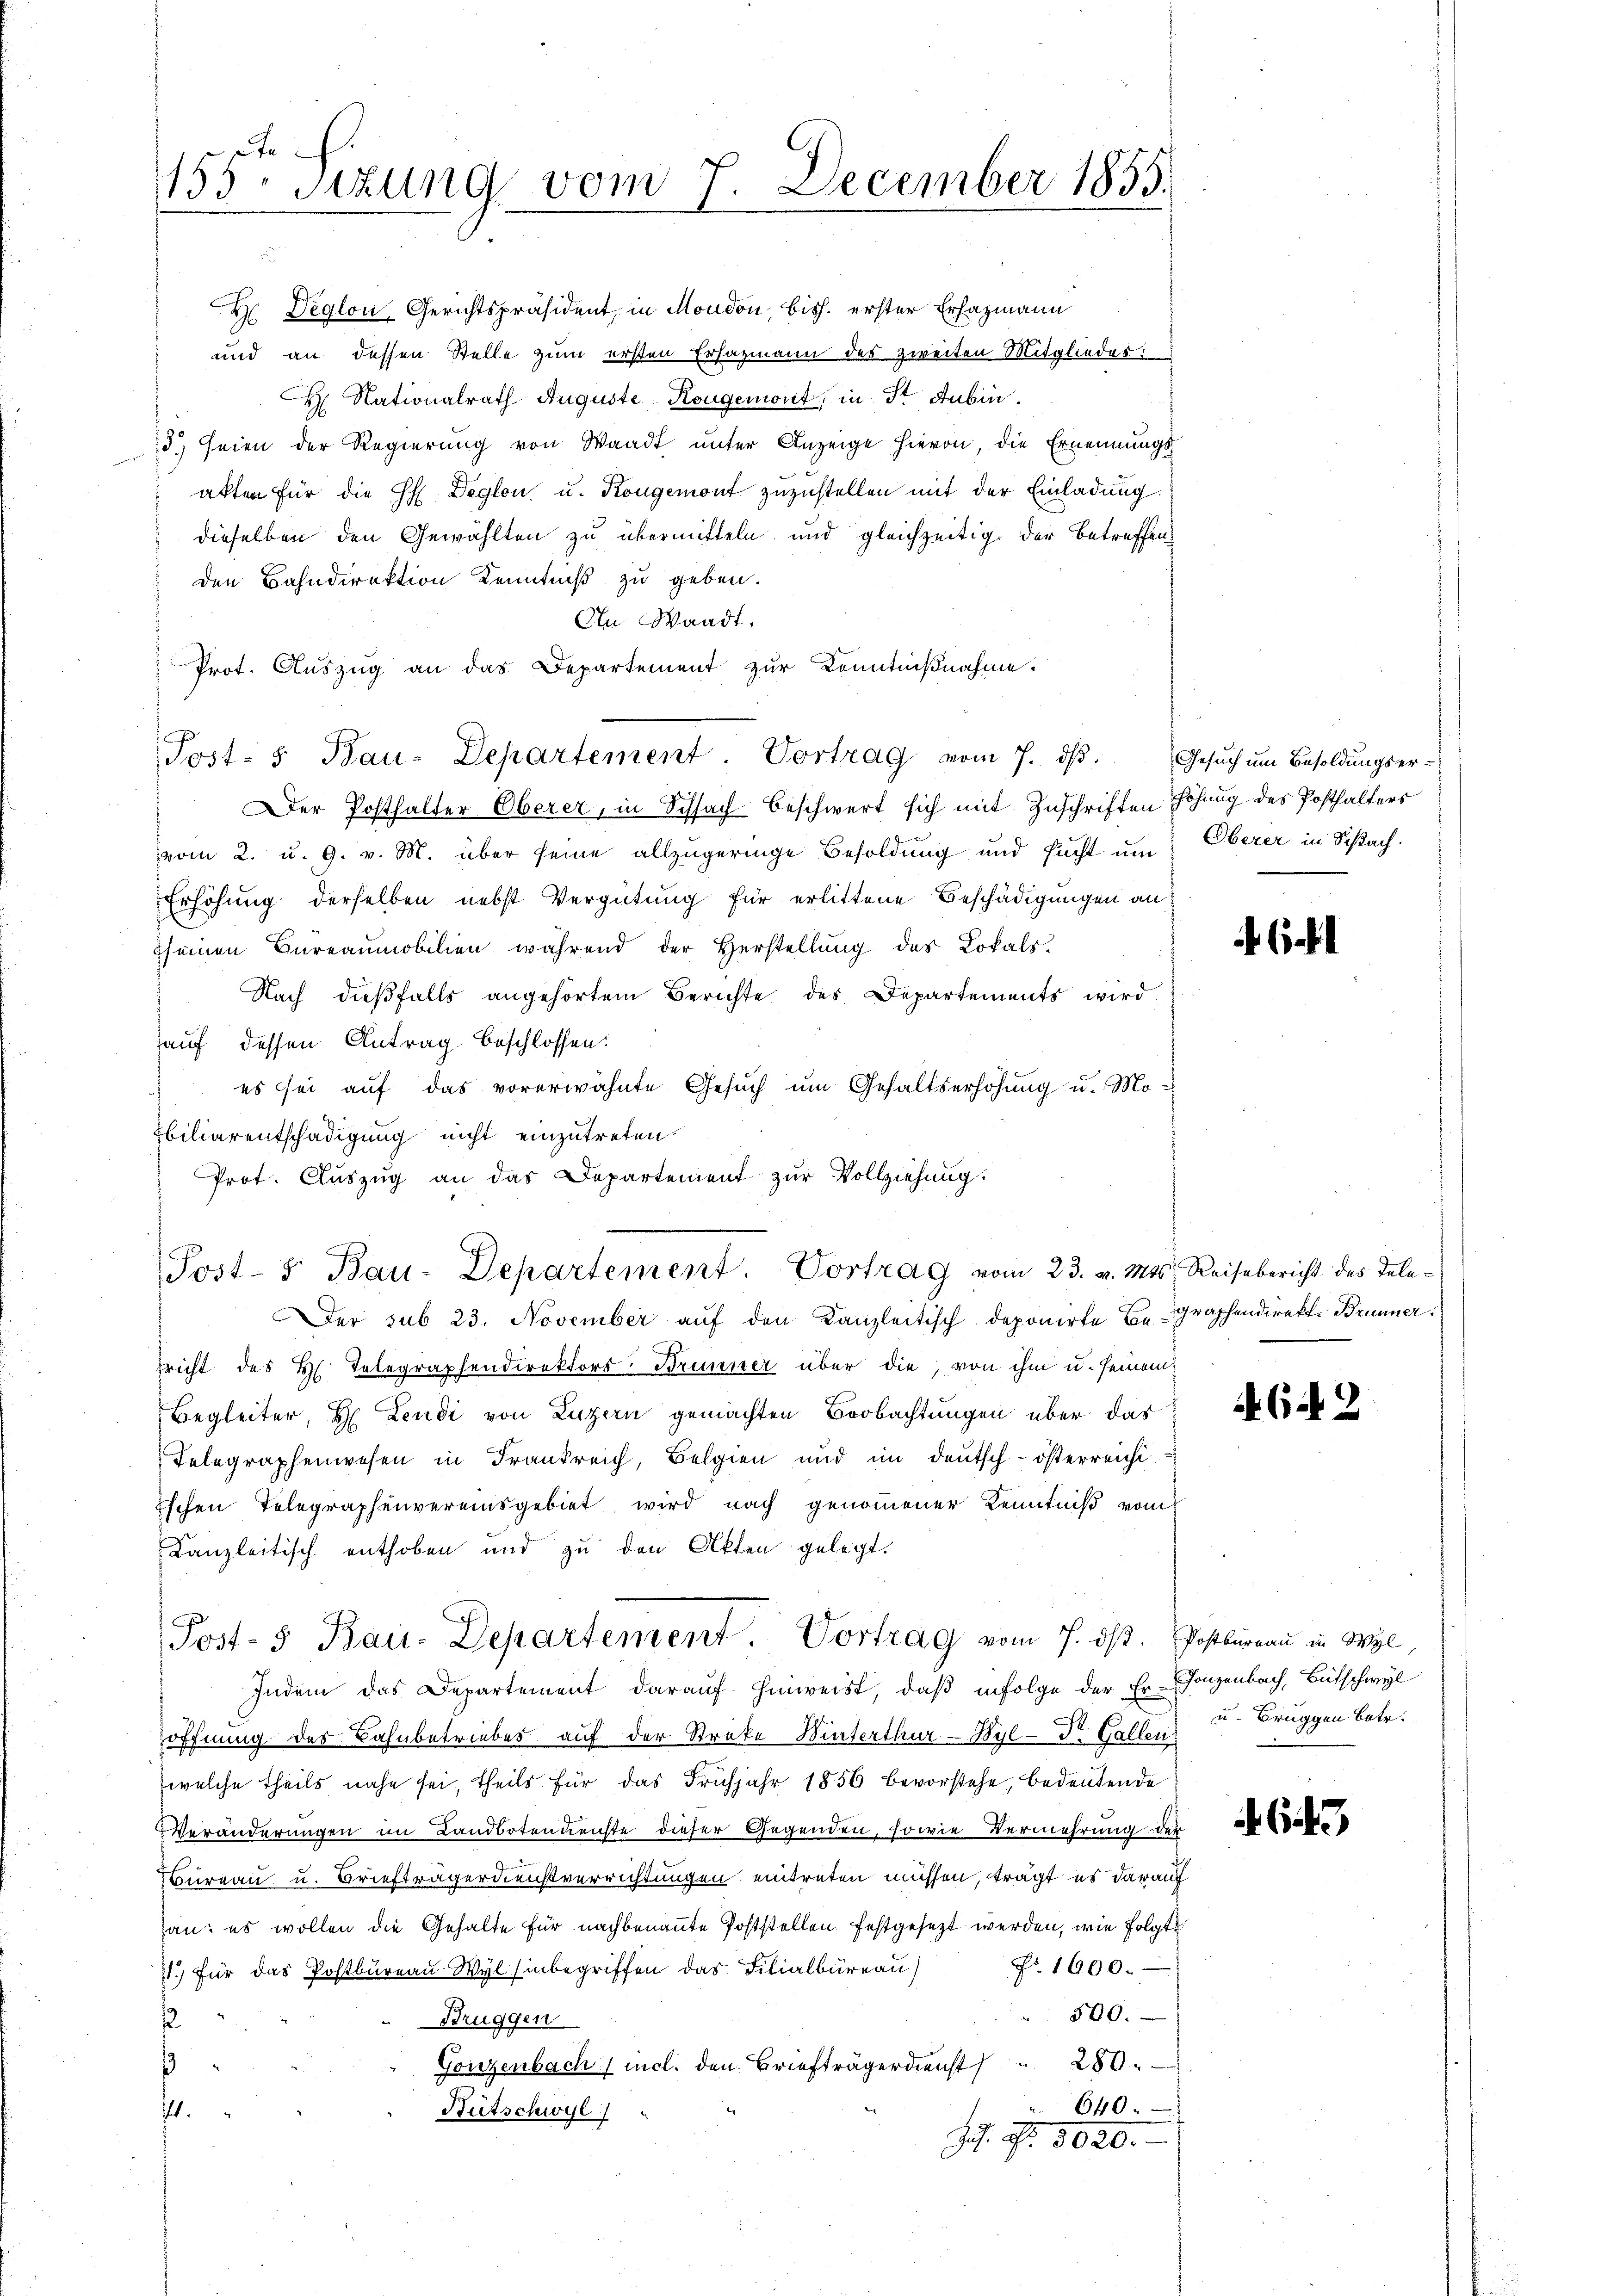
155. Sitzung vom 7.

H Deglon, Gerichtspräsident, in Moudon, bish. erster Erhazmann
und an dessen Stelle zum ersten Ersazmann des zweiten Mitgliedes
H. Nationalrath Auguste Kongemont, in Sr Dubin.
d) seien der Regierung von Waadt unter Anzeige hievon, die Ernennungs-
akten für die H. Deglon u. Kongemont zuzustellen mit der Einladung
dieselben den Gewählten zu übermitteln und gleichzeitig der betreffenden Bahndirektion Kenntniß zu geben.
An Waadt.
Prot. Auszug an das Departement zur Kenntnißnahme.
Post- & Bau-Departement Vortrag vom 7. dβ. Gesŭch ŭm Besoldŭngser-
Der Posthalter Oberer, in Schlach beschwert sich mit Zuschriften Höhung des Posthalters
vom 2. u. 9. v. M. über seine allzugeringe Besoldung und sucht um Oberer in Schlach
Erhöhung derselben nebst Vergütung für erlittene Beschädigungen an
Iseinen Bureaumobilien während der Herstellŭng des Lokals.
Nach dießfalls angehörtem Berichte des Departements wird
Hauf dessen Antrag beschlossen:
es sei auf das vorerwähnte Gesuch um Gehaltserhöhung u. Mobiliarentschädigung nicht einzutreten.
Prot. Aŭszŭg an das Departement zŭr Vollziehung.
Post- 5. Bau-Departement. Vortrag vom 23. v. Mts. Reisebericht des Tele¬
Der sub 23. November auf den Kanzleitisch deponirte Begraphendirekt. Brunner
nricht des H. Telegraphendirektors- Brunner über die, von ihm u. seinem
Begleiter, H. Leudi von Luzern gemachten Beobachtungen über das
Telegraphenwesen in Frankreich, Belgien und im deutsch-österreichi-
Eschen Telegraphenvereinsgebiet wird nach genommener Kenntniß vom
Kanzleitisch enthoben und zu den Akten gelegt.
Post- 5 Bau-Departement. Vortrag vom 7. ds. Postbureau in Wyl,
Indem das Departement darauf hinweist, daß infolge der Er- Ganzenbach, Bütschwyl
öffnung des Bahnbetriebes auf der Streke Winterthur–Byl-Dr. Gallen
welche theils nahe sei, theils für das Frühjahr 1856 bevorstehe, bedeutende
Veränderungen im Landbotenreichte dieser Gegenden, sowie Vermehrung der
Bureau u. Briefträgerdienstverrichtungen eintreten müssen, trägt es darauf
an: es wollen die Gehalte für nachbenannte Poststellen festgesezt werden, wie folgte
7.) für das Postbüreaŭ Wyl inbegriffen das Filialbüreaŭ fr. 1600.
500.
Bruggen
s
Gonzenbach / incl. den Briefträgerdienst 280.
1
640.
Bütschwyl)
ft.
J. Nr. 1020.

December 1855.

6

FGA 2

u. Bruggen betr.

643